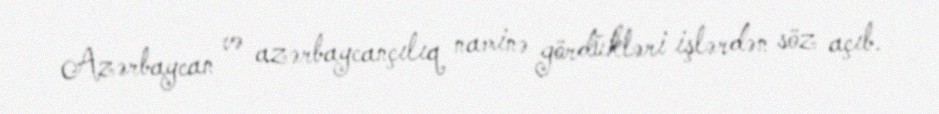
Azərbaycan və azərbaycançılıq naminə gördükləri işlərdən söz açıb.